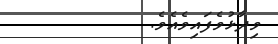
ވިދާޅުވެފައިވެއެވެ.